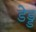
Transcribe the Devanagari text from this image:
डेड्ड